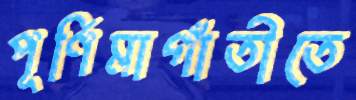
পূর্ণিমাগাঁতীতে